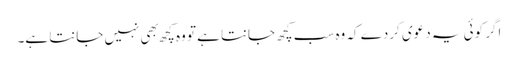
اگر کوئی یہ دعوی کردے کہ وه سب کچھ جانتا ہے تو وه کچھ بهی نہیں جانتا ہے۔